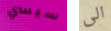
سيسي الى